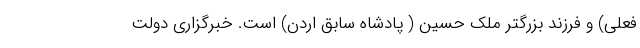
فعلی) و فرزند بزرگتر ملک حسین ( پادشاه سابق اردن) است. خبرگزاری دولت